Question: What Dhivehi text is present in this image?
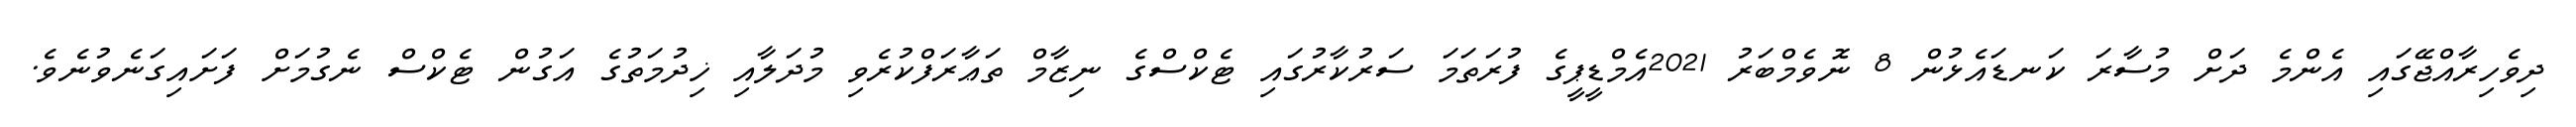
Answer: ދިވެހިރާއްޖޭގައި އެންމެ ދަށް މުސާރަ ކަނޑައެޅުން 8 ނޮވެމްބަރު 2021އެމްޑީޕީގެ ފުރަތަމަ ސަރުކާރުގައި ޓެކްސްގެ ނިޒާމް ތަޢާރަފްކުރެވި މުދަލާއި ޚިދުމަތުގެ އަގުން ޓެކްސް ނެގުމަށް ފަށައިގަނެވުނެވެ.